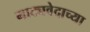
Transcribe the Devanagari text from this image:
नाट्यवेदाच्या